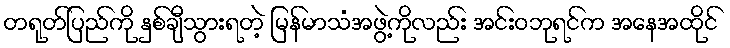
တရုတ်ပြည်ကို နှစ်ချီသွားရတဲ့ မြန်မာသံအဖွဲ့ကိုလည်း အင်းဝဘုရင်က အနေအထိုင်